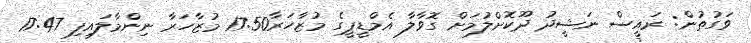
ވަގުތުން: ރައީސް ނަޝީދު ދޫކޮށްލުމަށް ގޮވާލާ އެމްޑީޕީގެ މުޒާހަރާ17:50 މުޒާހަރާ ނިންމާލައިފި 17:47